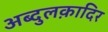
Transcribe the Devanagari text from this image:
अब्दुलक़ादिर